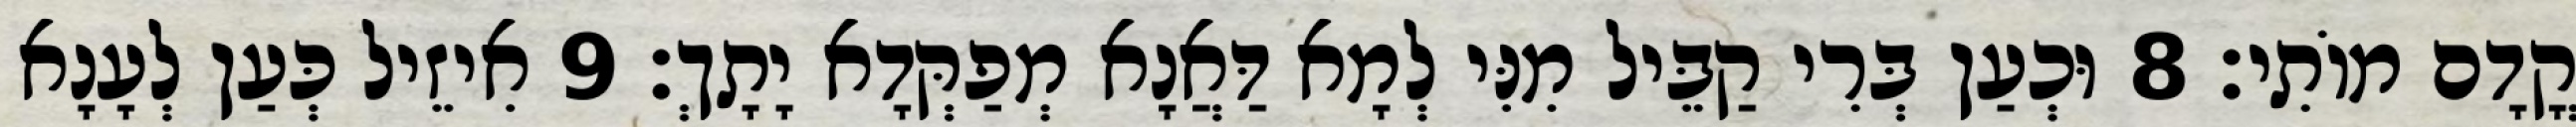
קֳדָם מוֹתִי׃ 8 וּכְעַן בְּרִי קַבֵּיל מִנִּי לְמָא דַּאֲנָא מְפַקְּדָא יָתָךְ׃ 9 אִיזֵיל כְּעַן לְעָנָא